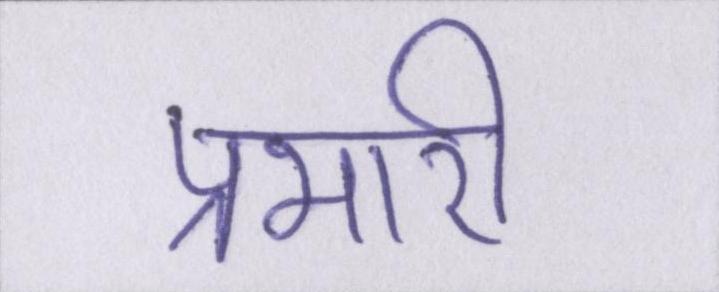
प्रभारी